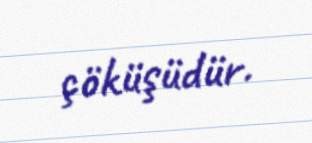
çöküşüdür.